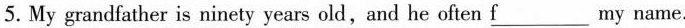
5. My grandfather is ninety years old,and he often\underlinef my name.